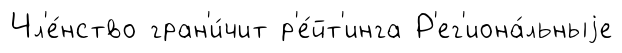
Чл'е́нство гран'и́чит р'е́йт'инга Р'ег'иона́льныjе